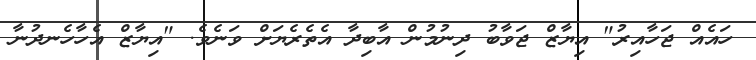
ހައެއް ޖަހާއިރު" އިޔާޒް ޖަވާބު ދިނުމުން އާބިދާ އެތެރެޔަށް ވަނެވެ. "އިޔާޒް އެހާހެނދުނާ